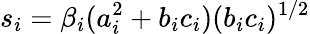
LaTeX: s_{i}=\beta_{i}(a_{i}^{2}+b_{i}c_{i})(b_{i}c_{i})^{1/2}